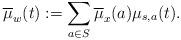
LaTeX: \begin{align*}\overline{\mu}_w(t):=\sum_{a\in S} \overline{\mu}_x(a)\mu_{s,a}(t).\end{align*}